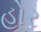
હોર